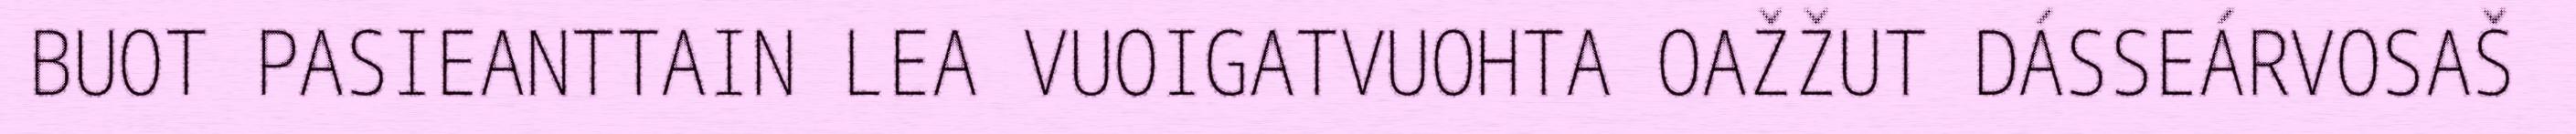
BUOT PASIEANTTAIN LEA VUOIGATVUOHTA OAŽŽUT DÁSSEÁRVOSAŠ